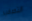
التصفير